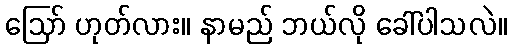
ဪ ဟုတ်လား။ နာမည် ဘယ်လို ခေါ်ပါသလဲ။